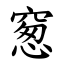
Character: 䆫